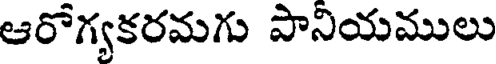
ఆరోగ్యకరమగు పానియములు